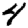
Digit: 4